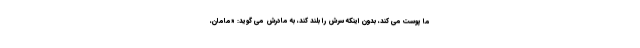
ما پوست می کند، بدون اینکه سرش را بلند کند، به مادرش می گوید: «مامان،